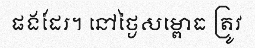
ផងដែរ។ នៅថ្ងៃសម្ពោធ ត្រូវ